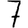
Digit: 7